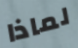
لماذا